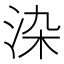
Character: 𭰏